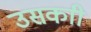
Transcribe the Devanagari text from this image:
उसकाी